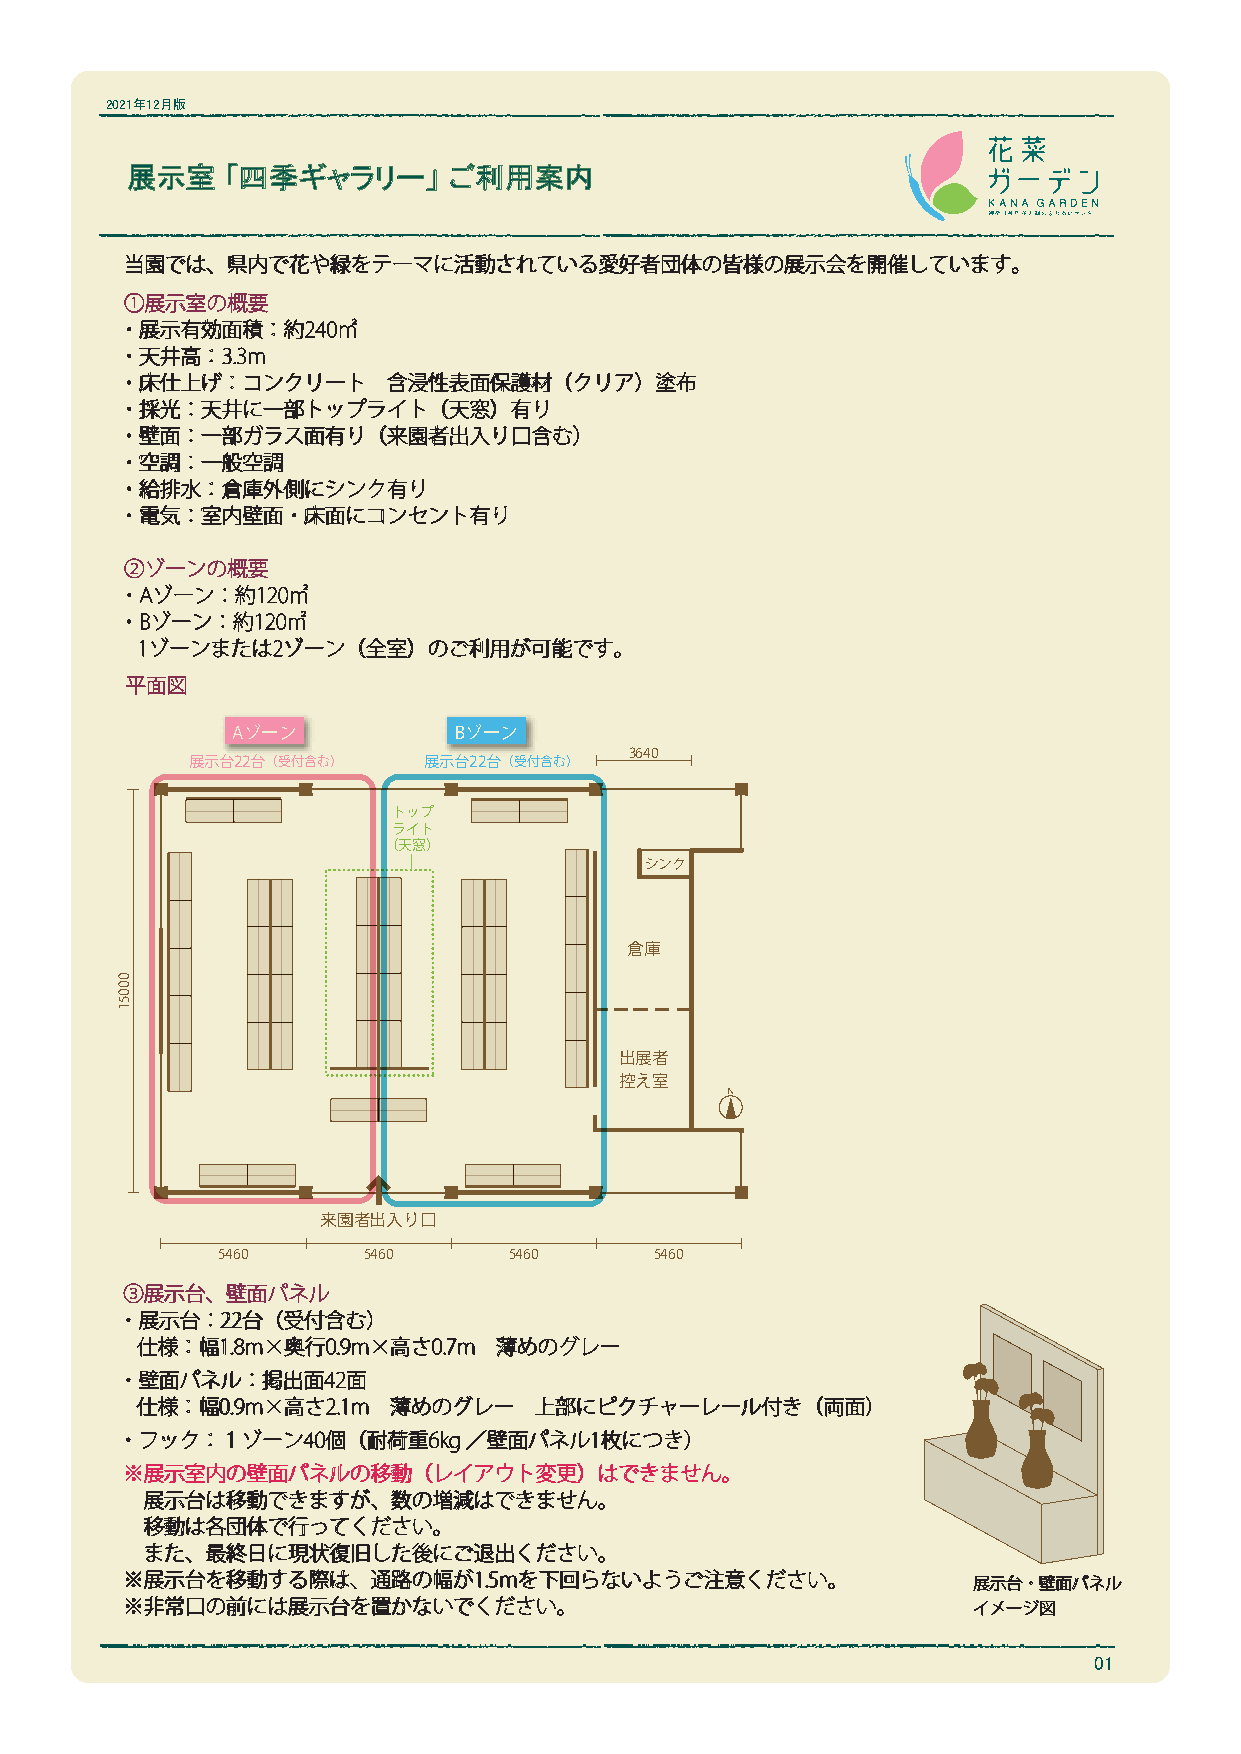
2021年12月版
 展示室    「四季ギャラリー」      ご利用案内
 当園では、県内で花や緑をテーマに活動されている愛好者団体の皆様の展示会を開催しています。
 ①展示室の概要
 ・展示有効面積：約240㎡
 ・天井高：3.3m
 ・床仕上げ：コンクリート      含浸性表面保護材（クリア）塗布
 ・採光：天井に一部トップライト（天窓）有り
 ・壁面：一部ガラス面有り（来園者出入り口含む）
 ・空調：一般空調
 ・給排水：倉庫外側にシンク有り
 ・電気：室内壁面・床面にコンセント有り
 ②ゾーンの概要
 ・Aゾーン：約120㎡
 ・Bゾーン：約120㎡
 1ゾーンまたは2ゾーン（全室）のご利用が可能です。
 平面図
 Aゾーン           Bゾーン
 3640
 展示台22台（受付含む）    展示台22台（受付含む）
 トップ
 ライト
 （天窓）
 シンク
 倉庫
 出展者
 控え室
 来園者出入り口
 5460      5460      5460     5460
 ③展示台、壁面パネル
 ・展示台：  22台（受付含む）
 仕様：幅1.8m×奥行0.9m×高さ0.7m  薄めのグレー
 ・壁面パネル：掲出面42面
 仕様：幅0.9m×高さ2.1m  薄めのグレー   上部にピクチャーレール付き（両面）
 ・フック：１ゾーン40個（耐荷重6kg／壁面パネル1枚につき）
 ※展示室内の壁面パネルの移動（レイアウト変更）はできません。
 展示台は移動できますが、数の増減はできません。
 移動は各団体で行ってください。
 また、最終日に現状復旧した後にご退出ください。
 ※展示台を移動する際は、通路の幅が1.5mを下回らないようご注意ください。                   展示台・壁面パネル
 ※非常口の前には展示台を置かないでください。                                  イメージ図
 01
 00051